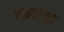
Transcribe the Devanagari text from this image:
वाइल्डवुड